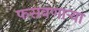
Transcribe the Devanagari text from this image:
फसवणार्‍या